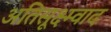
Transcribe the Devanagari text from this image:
अतिसूक्ष्म्वाद